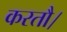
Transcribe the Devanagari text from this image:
करतौ।